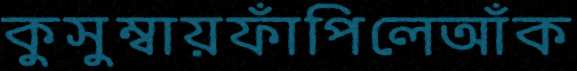
কুসুম্বায়ফাঁপিলেআঁক